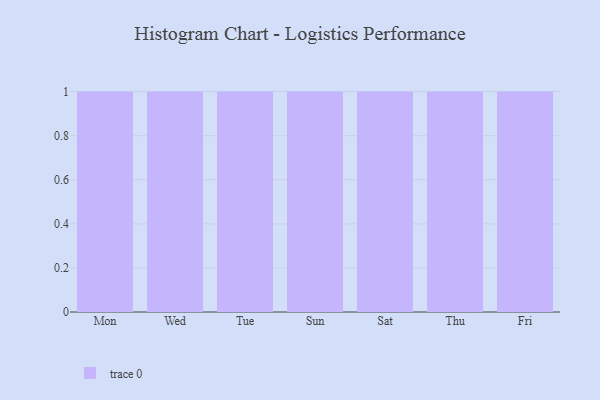
{"axis": {"x": "Day", "y": "Website Visitors"}, "legend": [""], "data": [{"x": "Mon", "y": 12, "type": ""}, {"x": "Wed", "y": 57, "type": ""}, {"x": "Tue", "y": 13, "type": ""}, {"x": "Sun", "y": 61, "type": ""}, {"x": "Sat", "y": 28, "type": ""}, {"x": "Thu", "y": 77, "type": ""}, {"x": "Fri", "y": 100, "type": ""}]}